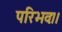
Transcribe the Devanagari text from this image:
परिभवः।।